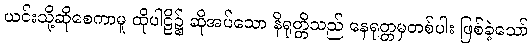
ယင်းသို့ဆိုစေကာမူ ထိုပါဠိ၌ ဆိုအပ်သော နိရုတ္တိသည် နေရုတ္တမှတစ်ပါး ဖြစ်ခဲ့သော်